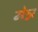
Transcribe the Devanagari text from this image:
मेन्न